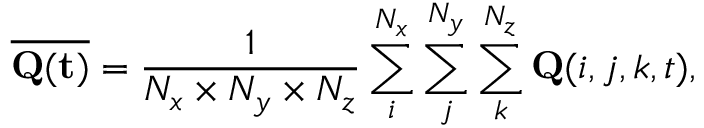
\overline { { \bf { Q } ( t ) } } = \frac { 1 } { N _ { x } \times N _ { y } \times N _ { z } } \sum _ { i } ^ { N _ { x } } \sum _ { j } ^ { N _ { y } } \sum _ { k } ^ { N _ { z } } { \bf Q } ( i , j , k , t ) ,